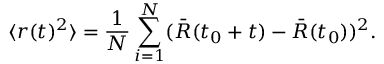
\langle r ( t ) ^ { 2 } \rangle = \frac { 1 } { N } \sum _ { i = 1 } ^ { N } ( \bar { R } ( t _ { 0 } + t ) - \bar { R } ( t _ { 0 } ) ) ^ { 2 } .